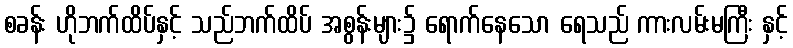
စခန်း ဟိုဘက်ထိပ်နှင့် သည်ဘက်ထိပ် အစွန်းများ၌ ရောက်နေသော ရေသည် ကားလမ်းမကြီး နှင့်